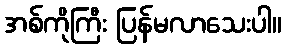
အစ်ကိုကြီး ပြန်မလာသေးပါ။